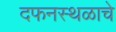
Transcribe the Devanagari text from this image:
दफनस्थळाचे